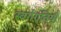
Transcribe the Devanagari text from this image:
स्वर्गगतियाँ